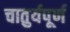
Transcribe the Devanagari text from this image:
चातुर्यपूर्ण